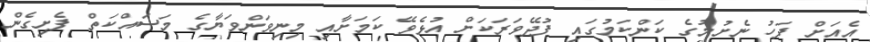
އެއަށް ފަހު ނެށުމުގެ ކަންކަމުގައި ފުދޭވަރަކަށް އުޅެވޭ ކަމަށާއި މިނިވަންވަޔާގެ މަސައްކަތް ފެށިގެން